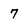
Character: 7